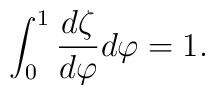
\int^{1}_0 {d\zeta \over d\varphi}d\varphi = 1.